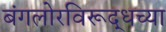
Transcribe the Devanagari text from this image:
बंगलोरविरूद्धच्या